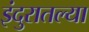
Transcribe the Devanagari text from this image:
इंदुरातल्या